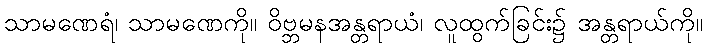
သာမဏေရံ၊ သာမဏေကို။ ဝိဗ္ဘမနအန္တရာယံ၊ လူထွက်ခြင်း၌ အန္တရာယ်ကို။